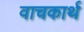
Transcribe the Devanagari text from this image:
वाचकार्थ